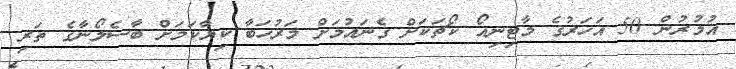
އުމުރުން 50 އަހަރުގެ މާޓިނިއޯ ކޯޗަކަށް ގެނައުމަށް މަރުހަބާ ކިޔާކަމަށް ބާސެލޯނާގެ ތަރި